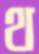
থ